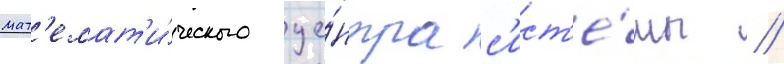
мат'емат'и́ческого це́нтра с'ист'е́мы //